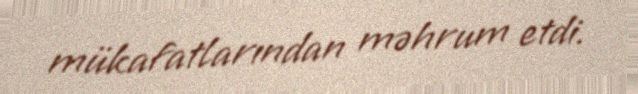
mükafatlarından məhrum etdi.